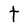
Character: t